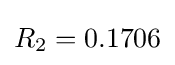
R_{2}=0.1706